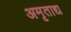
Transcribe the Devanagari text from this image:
अमृताद्य